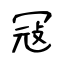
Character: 冦